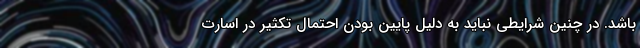
باشد. در چنین شرایطی نباید به دلیل پایین بودن احتمال تکثیر در اسارت